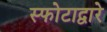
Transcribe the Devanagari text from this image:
स्फोटाद्वारे